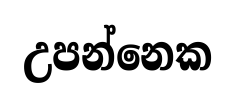
උපන්නෙක